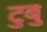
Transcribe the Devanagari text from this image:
टुबु